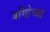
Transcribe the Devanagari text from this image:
बाँगोच्या